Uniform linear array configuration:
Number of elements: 12
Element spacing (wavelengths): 1
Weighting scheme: hamming
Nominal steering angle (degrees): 45
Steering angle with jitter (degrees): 46.274
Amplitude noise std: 0.05
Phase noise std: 0.05

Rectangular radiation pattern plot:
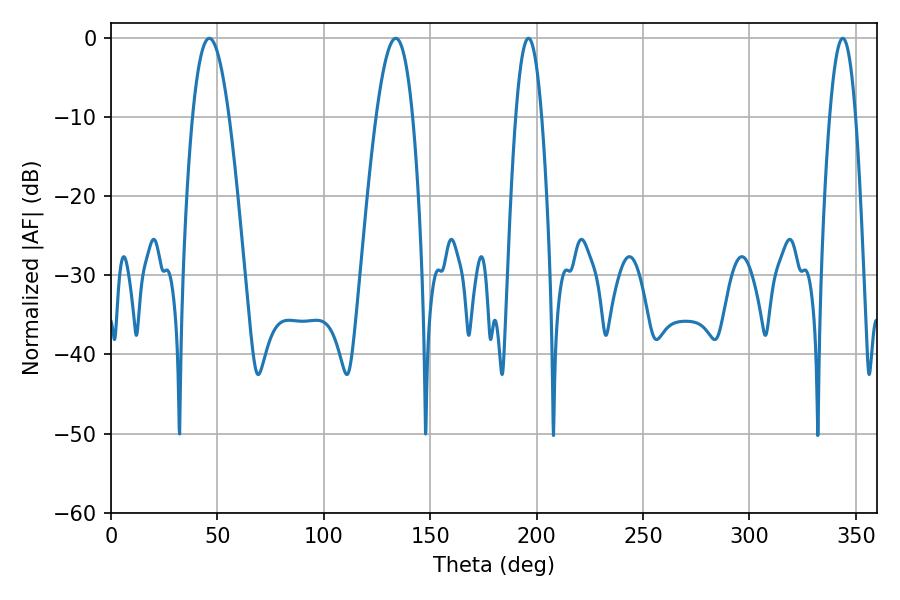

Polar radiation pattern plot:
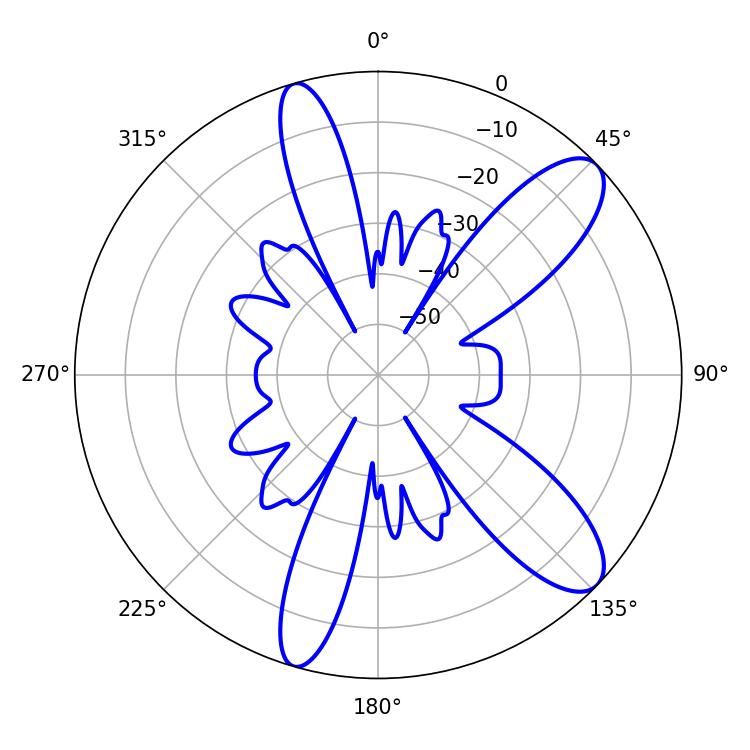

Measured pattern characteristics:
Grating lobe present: TRUE
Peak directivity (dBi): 10.339
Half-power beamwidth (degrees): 6.66
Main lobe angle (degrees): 343.8